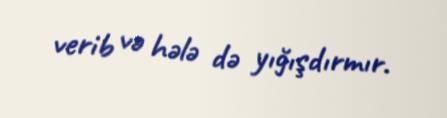
verib və hələ də yığışdırmır.